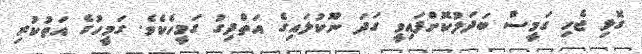
ގޮޅި ޖެހި ގަމީސް ބަދަލުކޮށްފައިވީ ގަދަ ނޫކުލައިގެ އަތްދިގު ގަމީހެކެވެ. ގަމީހުގެ އަތުކުރި